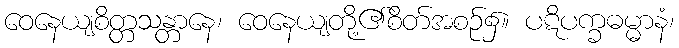
ဝေနေယျစိတ္တသန္တာနေ၊ ဝေနေယျတို့၏စိတ်အစဉ်၌။ ပဋိပက္ခဓမ္မာနံ၊